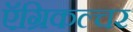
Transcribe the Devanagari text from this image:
ऍग्रिकल्चर